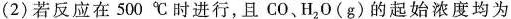
(2)若反应在500 ℃ 时进行，且CO、H_{2}O(g)的起始浓度均为